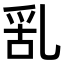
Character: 𠃹